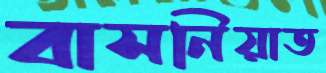
বাসনিয়াত